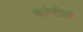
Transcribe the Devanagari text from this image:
कोमील्ला